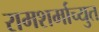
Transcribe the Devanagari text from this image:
रामशर्माच्युत